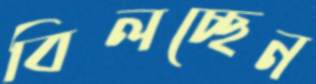
বিলচ্ছেন